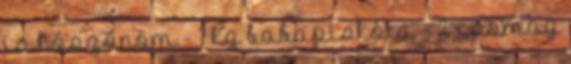
is köszönöm - 1 kg babapiskóta - 2 csomag